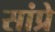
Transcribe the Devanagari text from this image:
सांप्रे